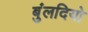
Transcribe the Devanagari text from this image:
बुंलदियो